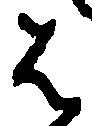
は